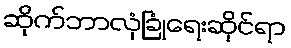
ဆိုက်ဘာလုံခြုံရေးဆိုင်ရာ